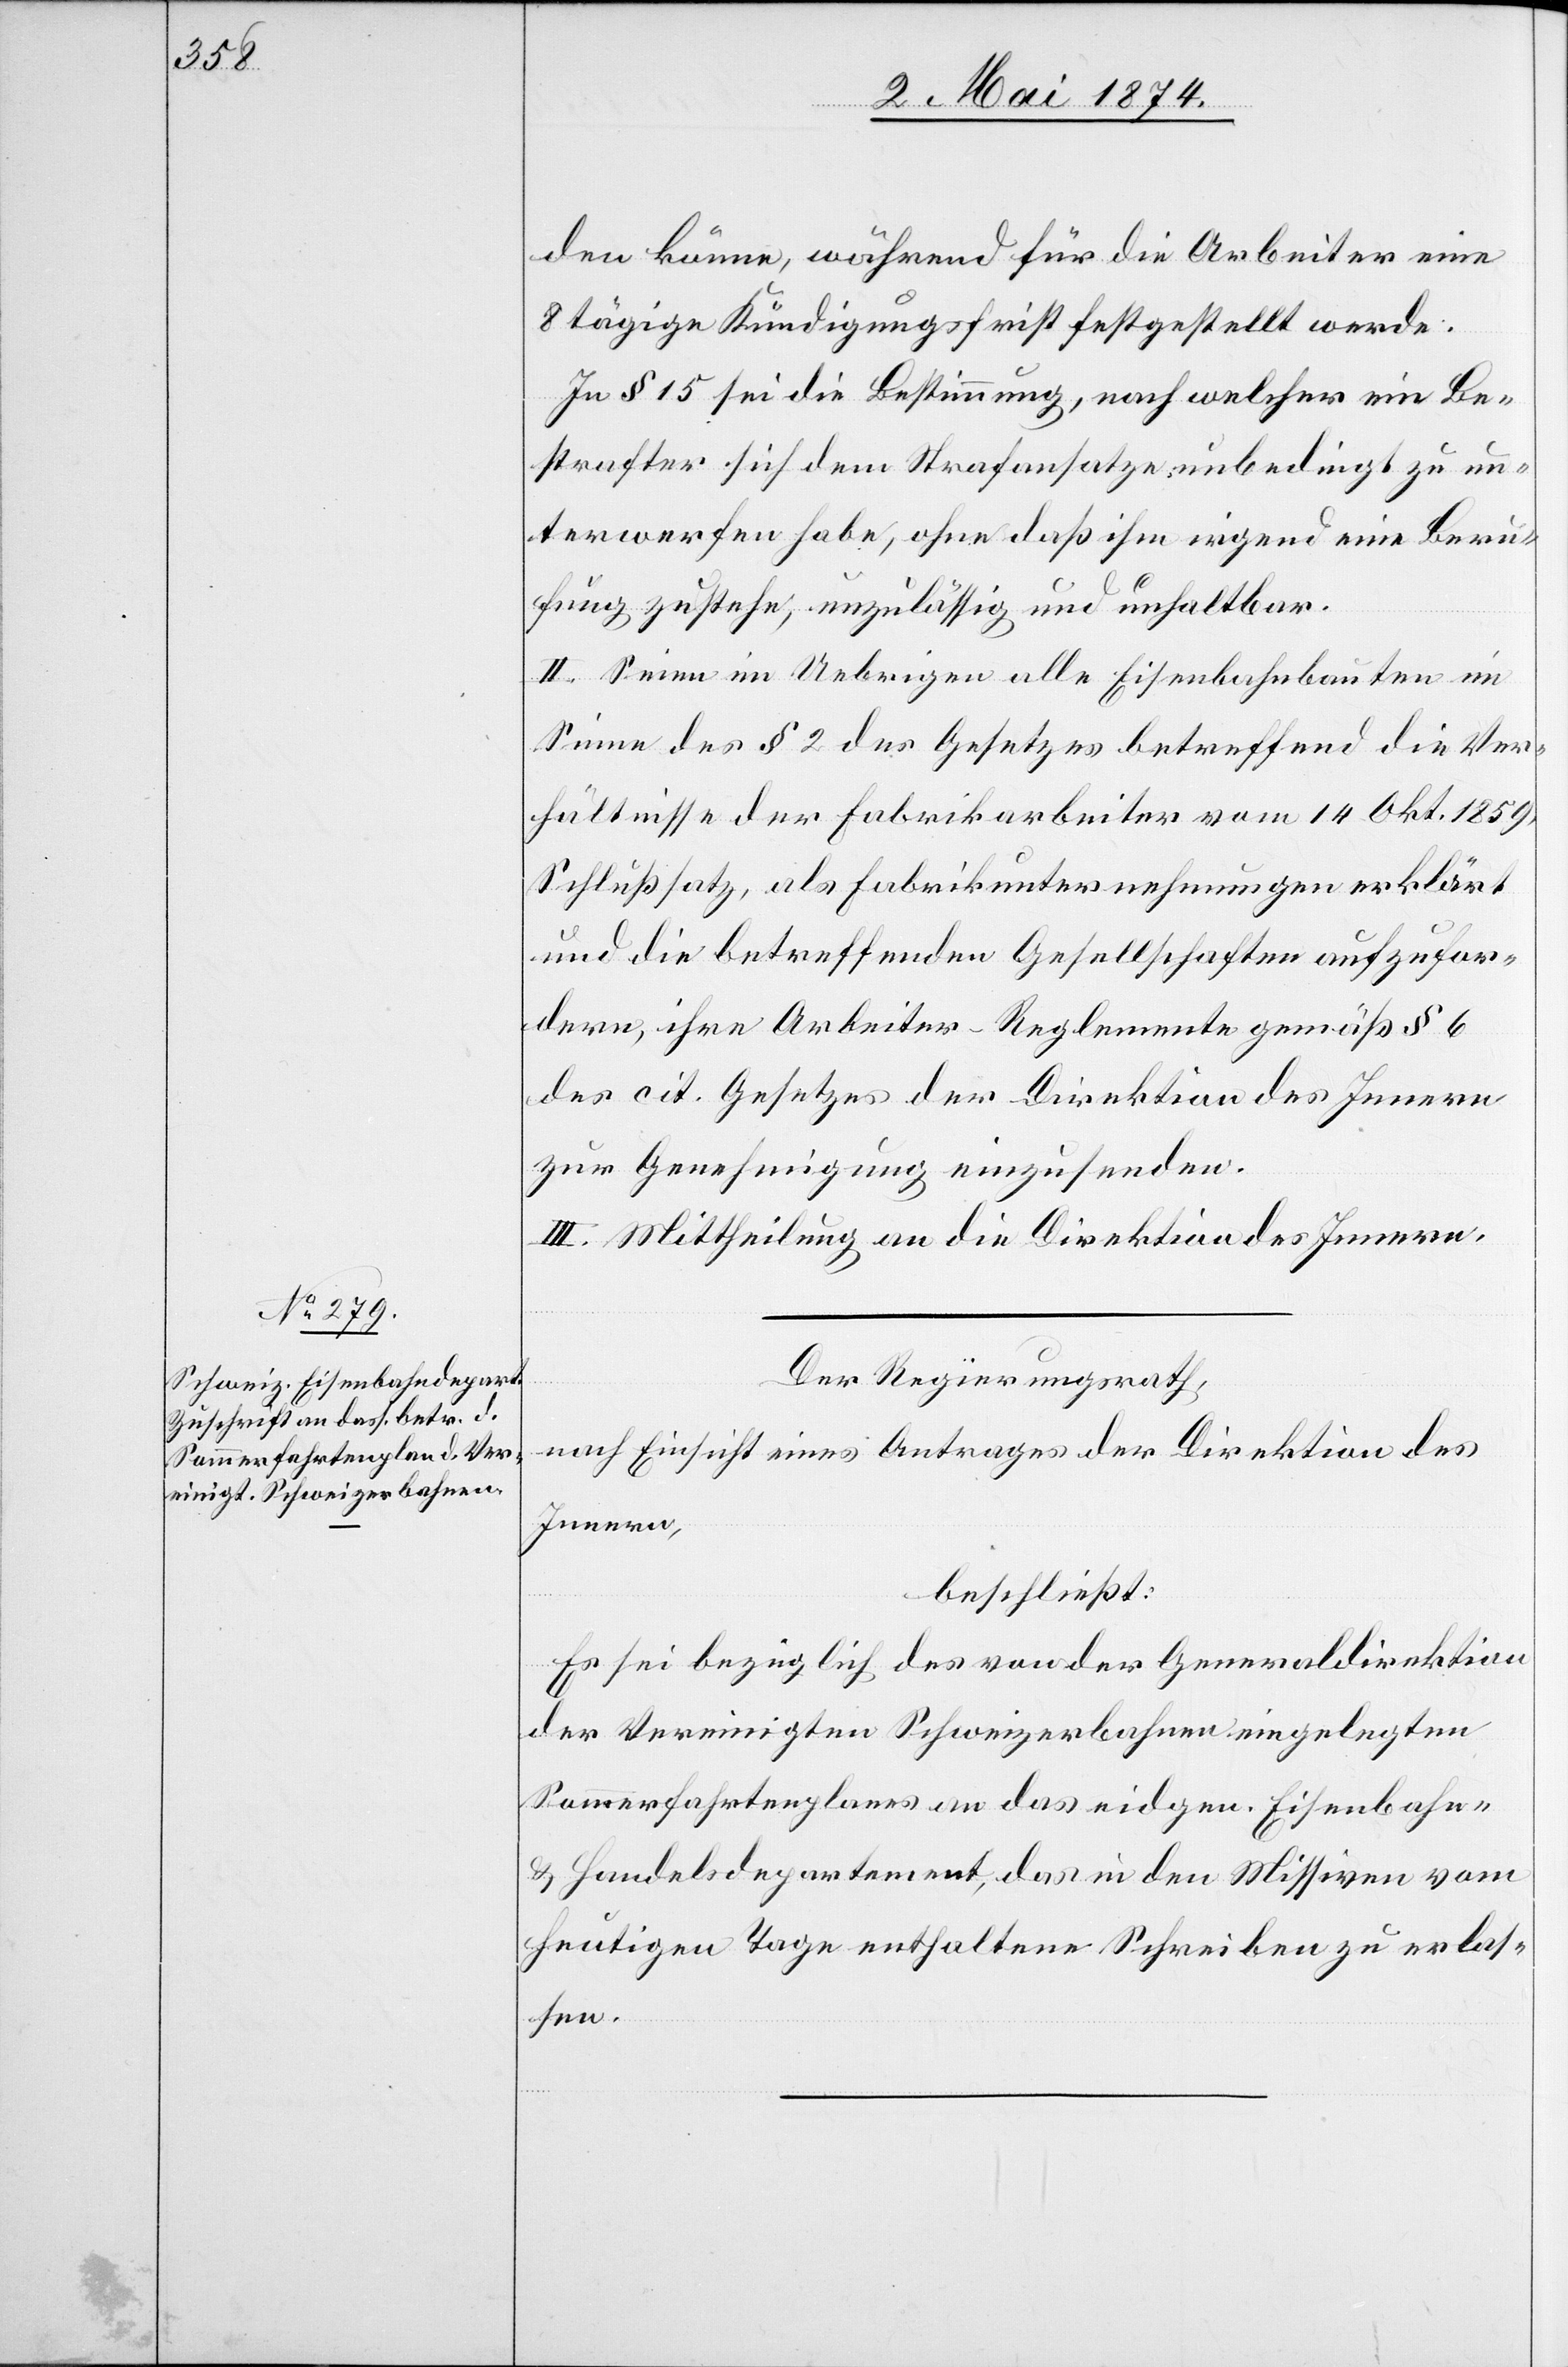
den könne, während für die Arbeiter eine
8[-]tägige Kündigungsfrist festgestellt werde.
In § 15 sei die Bestimmung, nach welcher ein Be¬
strafter sich dem Strafansatze unbedingt zu un¬
terwerfen habe, ohne daß ihm irgend eine Beru¬
fung zustehe, unzulässig und unhaltbar.
II. Seien im Uebrigen alle Eisenbahnbauten im
Sinne des § 2 des Gesetzes betreffend die Ver¬
hältnisse der Fabrikarbeiter vom 14. Okt. 1859,
Schlußsatz, als Fabrikunternehmungen erklärt
und die betreffenden Gesellschaften aufzufor¬
dern, ihre Arbeiter-Reglemente gemäß § 6
des cit. Gesetzes der Direktion des Innern
zur Genehmigung einzusenden.
III. Mittheilung an die Direktion des Innern.
Der Regierungsrath,
nach Einsicht eines Antrages der Direktion des
Innern,
beschließt:
Es sei bezüglich des von der Generaldirektion
der Vereinigten Schweizerbahnen eingelegten
Sommerfahrtenplanes an das eidgen. Eisenbahn-
u. Handelsdepartement, das in den Missiven vom
heutigen Tage enthaltene Schreiben zu erlas¬
sen.